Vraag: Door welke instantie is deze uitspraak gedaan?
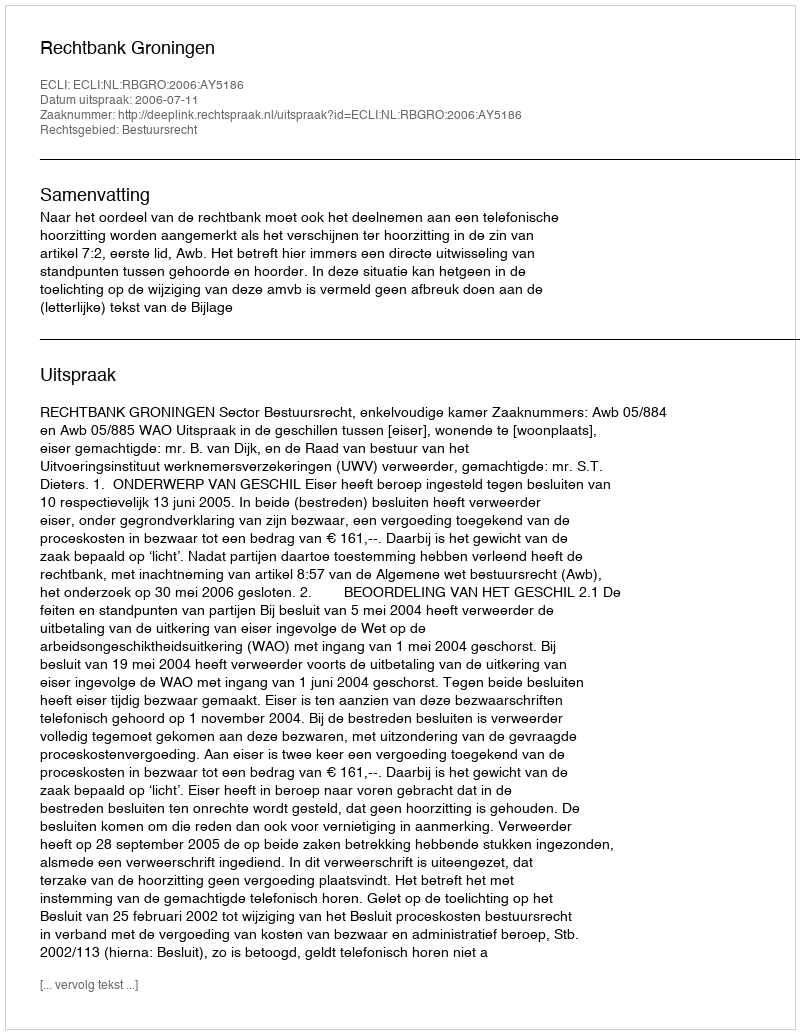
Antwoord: Rechtbank Groningen